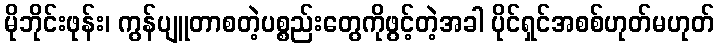
မိုဘိုင်းဖုန်း၊ ကွန်ပျူတာစတဲ့ပစ္စည်းတွေကိုဖွင့်တဲ့အခါ ပိုင်ရှင်အစစ်ဟုတ်မဟုတ်